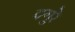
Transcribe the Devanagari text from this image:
दगुरे